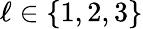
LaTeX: \ell\in\{ 1,2,3\}